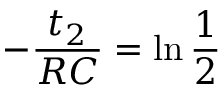
- \frac { t _ { 2 } } { R C } = \ln \frac { 1 } { 2 }